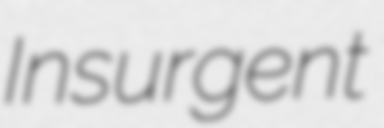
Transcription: Insurgent